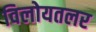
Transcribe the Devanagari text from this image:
विलोयतलर